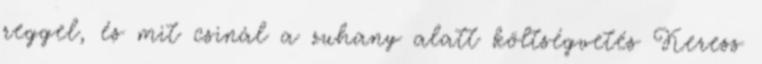
reggel, és mit csinál a zuhany alatt költségvetés Keress